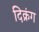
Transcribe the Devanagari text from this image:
दिक्रंग